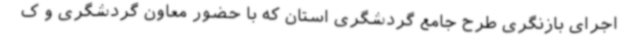
اجرای بازنگری طرح جامع گردشگری استان که با حضور معاون گردشگری و ک